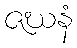
ဇဃနံ